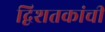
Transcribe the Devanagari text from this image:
द्विशतकांची